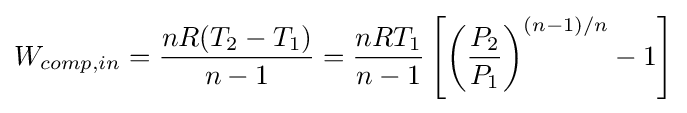
W_{comp,in}={\frac {nR(T_{2}-T_{1})}{n-1}}={\frac {nRT_{1}}{n-1}}\left[\left({\frac {P_{2}}{P_{1}}}\right)^{(n-1)/n}-1\right]